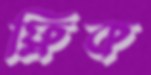
ফ্লিক